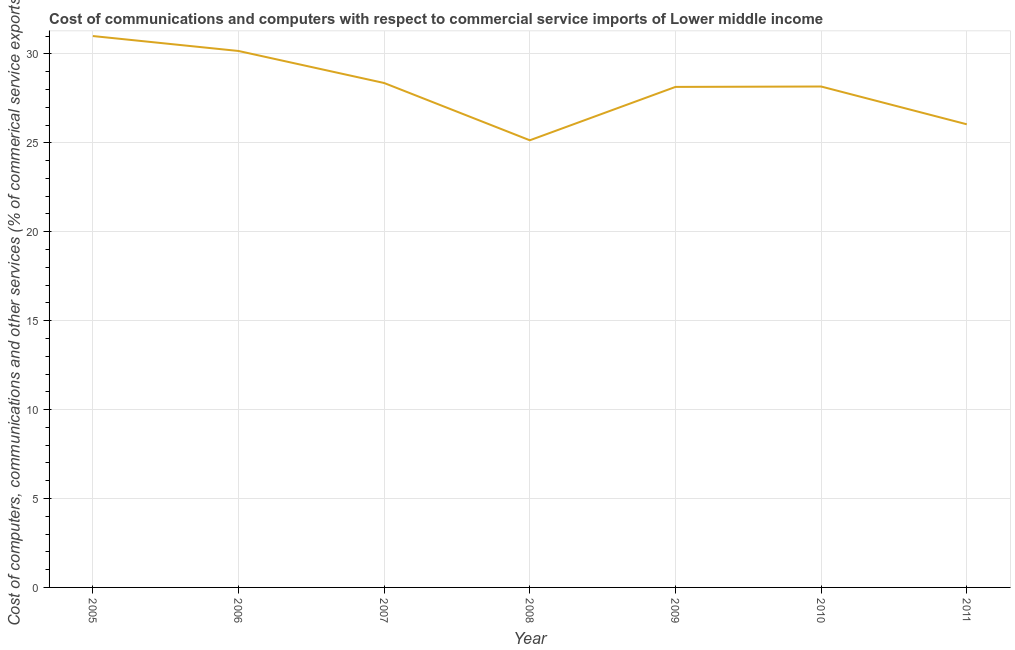
| Year | Computer |
 | --- | --- |
 | 2005 | 31 |
 | 2006 | 30.2 |
 | 2007 | 28.4 |
 | 2008 | 25.1 |
 | 2009 | 28.1 |
 | 2010 | 28.2 |
 | 2011 | 26 |